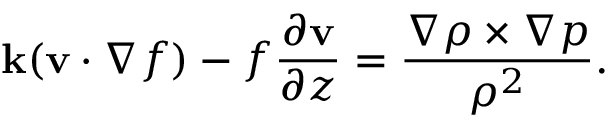
{ \bf k } ( { \bf v } \cdot \nabla f ) - f \frac { \partial { \bf v } } { \partial z } = \frac { \nabla \rho \times \nabla p } { \rho ^ { 2 } } .